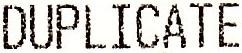
DUPLICATE